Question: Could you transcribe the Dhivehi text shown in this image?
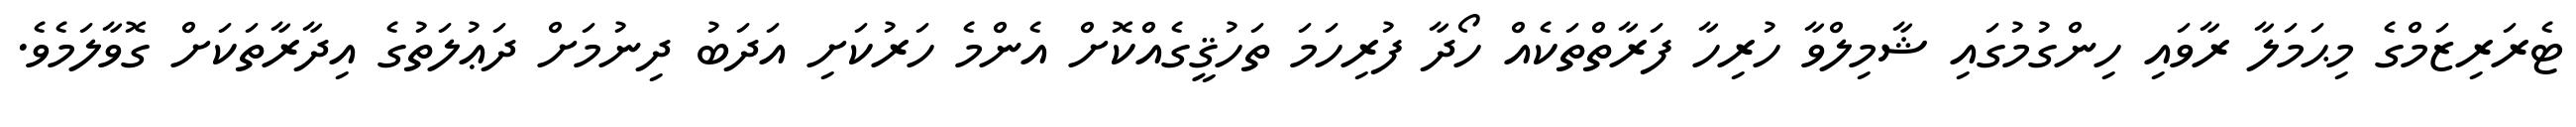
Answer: ޓެރަރިޒަމްގެ މިޙަމަލާ ރާވައި ހިންގުމުގައި ޝާމިލްވާ ހުރިހާ ފަރާތްތަކެއް ހޯދާ ފުރިހަމަ ތަހުޤީގެއްކޮށް އެންމެ ހަރުކަށި އަދަބު ދިނުމަށް ދަޢުލަތުގެ އިދާރާތަކަށް ގޮވާލަމެވެ.